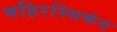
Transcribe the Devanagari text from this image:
बहिरस्थिकंद